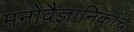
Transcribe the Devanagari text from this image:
मनोवैज्ञानिकांचे